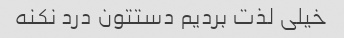
خیلی لذت بردیم دستتون درد نکنه